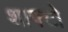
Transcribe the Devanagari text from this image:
शाफ्टो